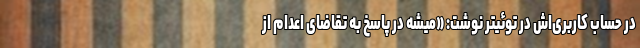
در حساب کاربری‌اش در توئیتر نوشت: «میشه در پاسخ به تقاضای اعدام از